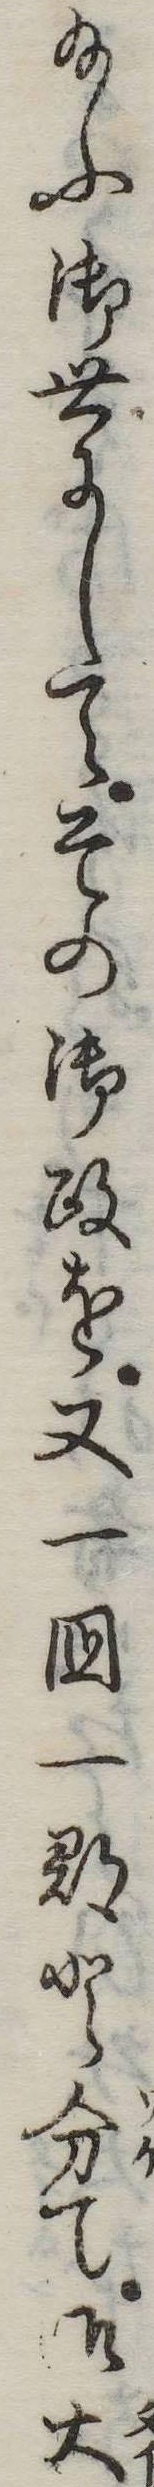
給ふ御世にしてその御政を又一国一郡と分て御大